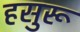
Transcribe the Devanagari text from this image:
हसुरू